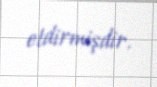
etdirmişdir.